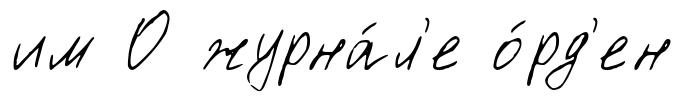
им О журна́л'е о́рд'ен